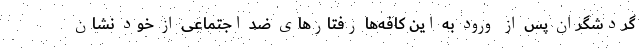
گردشگران پس از ورود به این کافه‌ها رفتارهای ضد اجتماعی از خود نشان